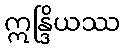
ဣန္ဒြိယဿ